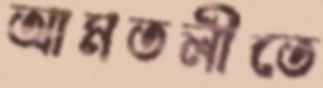
আমতলীতে